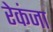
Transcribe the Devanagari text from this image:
रेकंजा